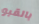
بالقبو